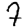
Digit: 7